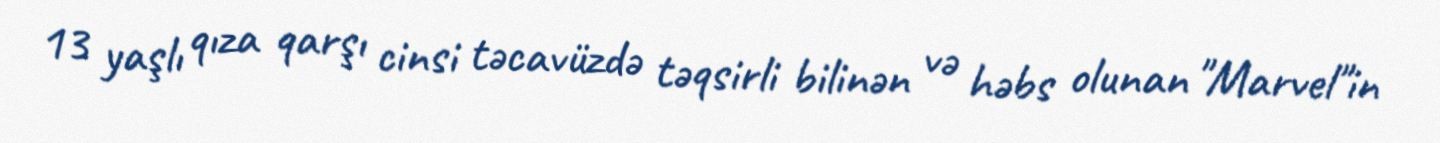
13 yaşlı qıza qarşı cinsi təcavüzdə təqsirli bilinən və həbs olunan "Marvel"in